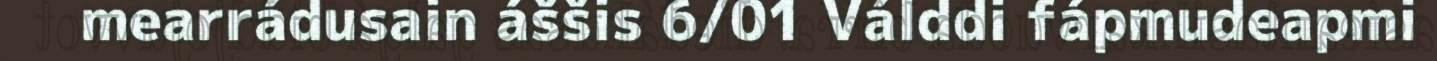
mearrádusain áššis 6/01 Válddi fápmudeapmi